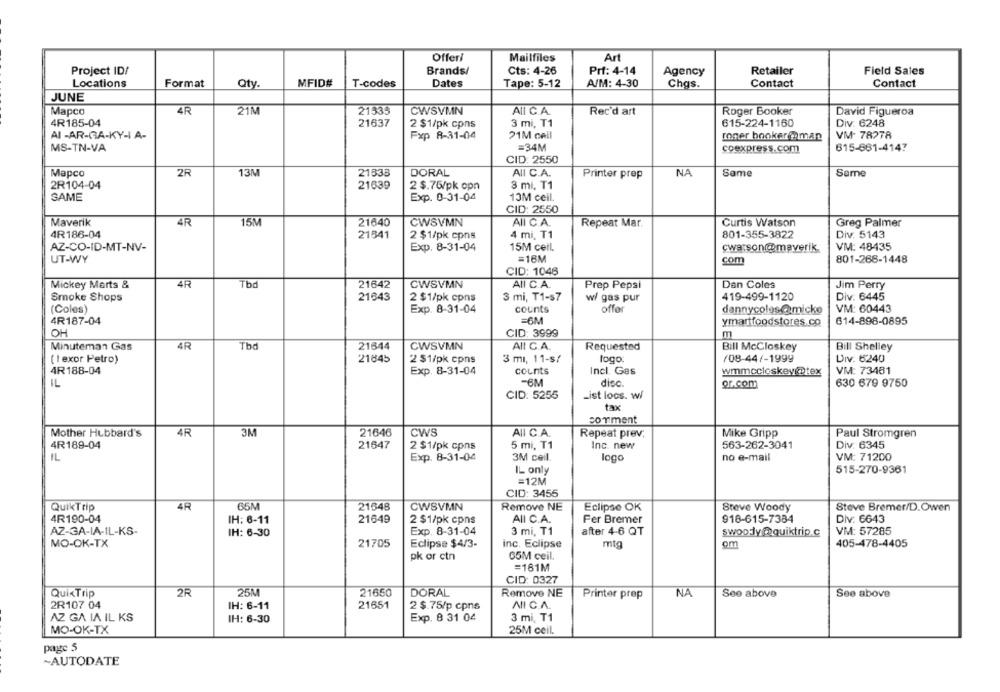
Offeri
Mailfiles
Art
Project ID/
Brands/
Cts: 4-26
Prf: 4-14
Agency
Retailer
Field Sales
Qty
MFID#
Dates
A/M: 4-30
Contact
Locations
Format
T-codes
Tape: 5-12
Chas.
Contact
JUNE
Mapco
4R
21M
21335
CWSVMN
All C.A.
Rec'd art
Roger Booker
David Figueroa
4R185-04
21637
2 $1/pk cpns
3 mi, T1
615-224-1160
Div. 6248
AI -AR-GA-KY-I A-
Fxp 8-31-04
21M call
roger booker@ma
VM- 78278
MS-TN-VA
=34M
coexpress.com
615-661-4147
CID: 2550
Mapco
2R
13M
21338
DORAL
AII C.A.
NA
Same
Same
Printer prep
2R104-04
21639
2 $.76/pk opn
3 mi, T1
SAME
Exp. 0-31-04
13M ceil.
CID: 2550
Maverik
4R
15M
21640
CWSVMN
All C.A.
Curtis Watson
Repeat Mar.
Greg Palmer
4R 186-04
21541
4 mi, T1
801-355-3822
Div: 5143
2 $1/pk cpns
AZ-CO-ID-MT-NV-
Exp. 8-31-04
15M cell.
cwarson@maverik
VM: 48435
UT-WY
=16M
com
801-266-1448
CID: 1046
Tbd
21642
CWSVMN
All C.A.
Dan Coles
Mickey Marts &
4R
Prep Pepsi
Jim Perry
Smoke Shops
21643
2 $1/pk cpns
3 mi, T1-s7
w/ gas pur
419-499-1120
Div: 6445
(Coles)
Exp. 8-31-04
counts
offer
dannycoles @micke
VM: 60443
4R187-04
=6M
ymartfoodstores.co
614-898-0895
OH
CID: 3999
m
4R
Tbd
21644
CWSVMN
AIL C.A.
Minuteman Gas
Requested
Bill McCloskey
Bill Shelley
( I exor Petro)
21845
2 $1/pk cpns
3 mı, 11-s/
logo
/08-44/-1999
DIv. 6240
4R188-04
Exp. 8-31-04
counts
Incl. Ges
wmmccloskey@tex
VM: 73481
IL
-6M
disc
or.com
630 679 9750
List loos. w/
CID: 5255
tax
comment
Mother Hubbard's
4R
3M
21646
CWS
AII C.A.
Repeat prev.
Mike Gripp
Paul Stromgren
4R189-04
21647
2 $1/pk cpns
5 mi, T1
Inc. new
563-262-3041
Div: 6345
IL
Exp. 8-31-04
3M ceil.
no e-mail
VM: 71200
logo
IL only
515-270-9361
=12M
CID: 3455
QuikTrip
4R
65M
21548
CWSVMN
Remove NE
Eclipse OK
Steve Woody
Steve Bremer/D.Owen
4R190-04
IH: 6-11
21649
2 $1/pk cpns
Fer Bremer
918-615-7384
Div: 6643
AII C.A.
AZ-GA-IA-IL-KS-
IH: 6-30
Exp. 8-31-04
3 mi, T1
after 4-6 QT
swoody@@quiktrip.c
VM: 57285
MO-OK-TX
21705
Eclipse $4/3.
inc. Eclipse
mtg
om
405-478-4405
pk or ctn
65M ceil.
=181M
CID: 0327
QuixTrip
2R
25M
21650
DORAL
Remove NE
Printer prep
NA
See above
See above
2R107 04
IH: 6-11
21651
2 $.75/p cpns
NI C.A.
AZ GA IA IL KS
IH: 6-30
Exp. 8 31 04
3 mi, T1
MO-OK-TX
25M ceil.
page 5
~AUTODATE